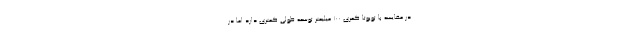
در مقایسه با تویوتا کمری 100 میلیمتر توسعه طولی کمتری دارد اما در